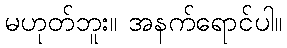
မဟုတ်ဘူး။ အနက်ရောင်ပါ။